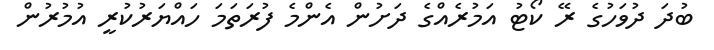
ބުދަ ދުވަހުގެ ރޭ ކޯޓު އަމުރެއްގެ ދަށުން އެންމެ ފުރަތަމަ ހައްޔަރުކުރީ އުމުރުން